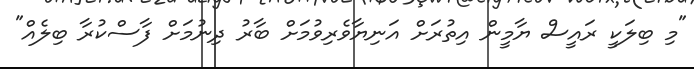
"މި ބިލަކީ ރައީސް ޔާމީން އިތުރަށް އަނިޔާވެރިވުމަށް ބާރު ދިނުމަށް ފާސްކުރާ ބިލެއް"